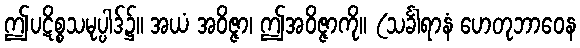
ဤပဋိစ္စသမုပ္ပါဒ်၌။ အယံ အဝိဇ္ဇာ၊ ဤအဝိဇ္ဇာကို။ (သင်္ခါရာနံ ဟေတုဘာဝေန